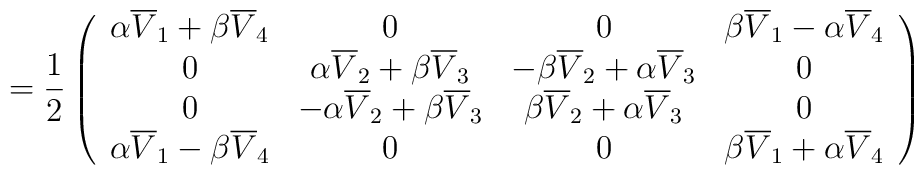
={\frac{1}{2}}\left(\begin{array}{cccc}\alpha\overline{V}_{1}+\beta\overline{V}_{4} & 0 & 0 & \beta\overline{V}_{1}-\alpha\overline{V}_{4} \\0 & \alpha\overline{V}_{2}+\beta\overline{V}_{3} & -\beta\overline{V}_{2}+\alpha\overline{V}_{3} & 0 \\0 & -\alpha\overline{V}_{2}+\beta\overline{V}_{3} & \beta\overline{V}_{2}+\alpha\overline{V}_{3} & 0 \\\alpha\overline{V}_{1}-\beta\overline{V}_{4} & 0 & 0 & \beta\overline{V}_{1}+\alpha\overline{V}_{4}\end{array}\right)